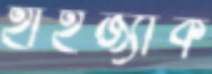
হাইজ্যাক